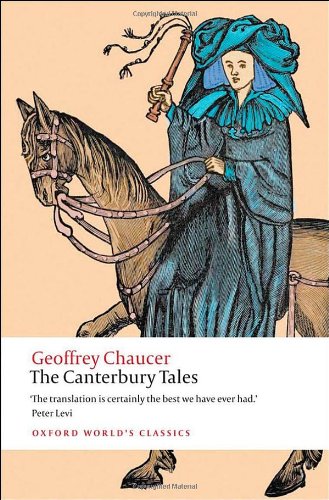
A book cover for The Canterbury Tales (Oxford World's Classics); Geoffrey Chaucer; Literature & Fiction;